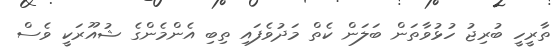
ތާރީހީ ބުރިޖު ހުޅުވާތަން ބަލަން ކެތް މަދުވެފައި ތިބި އެންމެންގެ ޝުއޫރަކީ ވެސް